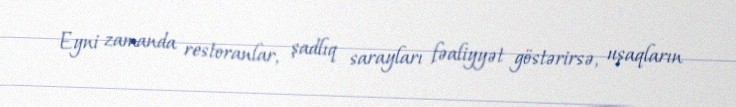
Eyni zamanda restoranlar, şadlıq sarayları fəaliyyət göstərirsə, uşaqların